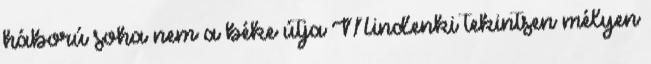
háború soha nem a béke útja Mindenki tekintsen mélyen